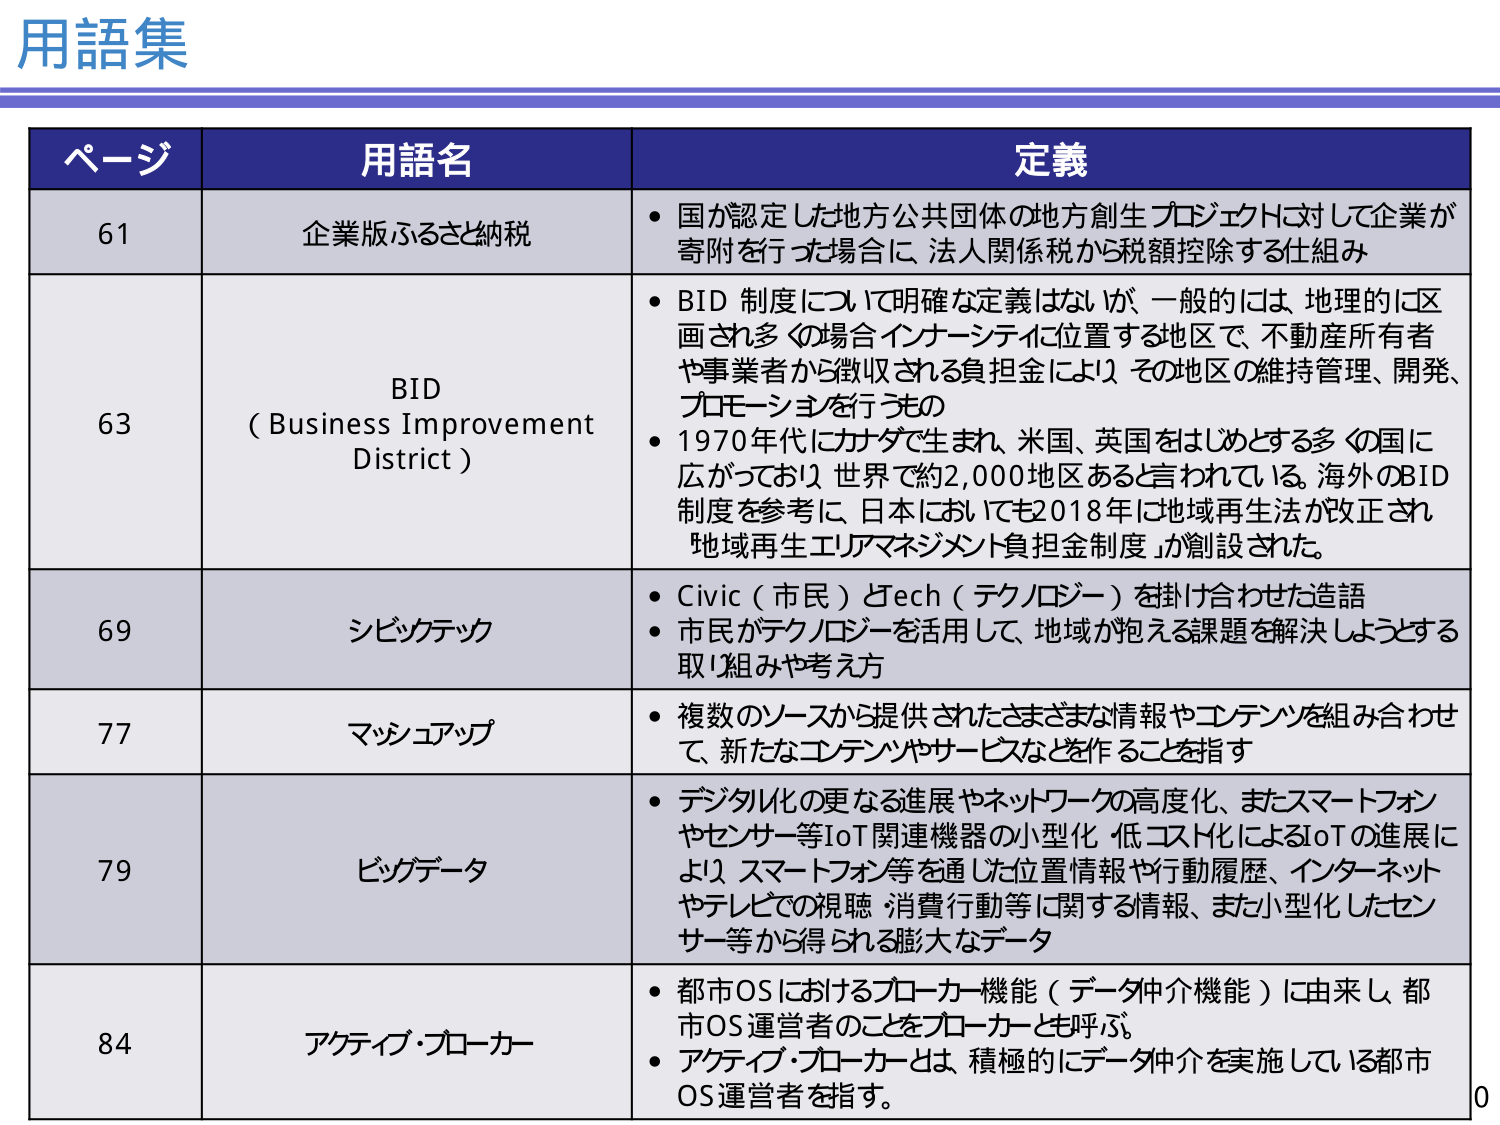
用語集

ページ 用語名 定義
61 企業版ふるさと納税 • 国が認定した地方公共団体の地方創生プロジェクトに対して企業が寄附を行った場合に、法人関係税から税額控除する仕組み
63 BID (Business Improvement District) • BID 制度について明確な定義はないが、一般的には、地理的には区画される多くの場合インナーシティに位置する地区で、不動産所有者や事業者から徴収される負担金により、その地区の維持管理、開発、プロモーションを行うもの
• 1970年代にカナダで生まれ、米国、英国をはじめとする多くの国に広がっており、世界で約2,000地区あると言われている。海外のBID制度を参考に、日本においても2018年に地域再生法が改正され、「地域再生エリアマネジメント負担金制度」が創設された。
69 シビックテック • Civic（市民）とtech（テクノロジー）を掛け合わせた造語
• 市民がテクノロジーを活用して、地域が抱える課題を解決しようとする取り組みや考え方
77 マッシュアップ • 複数のソースから提供されたさまざまな情報やコンテンツを組み合わせて、新たなコンテンツやサービスなどを作ることを指す
79 ビッグデータ • デジタル化の更なる進展やネットワークの高度化、またスマートフォンやセンサー等IoT関連機器の小型化・低コスト化によるIoTの進展により、スマートフォン等を通じた位置情報や行動履歴、インターネットやテレビでの視聴・消費行動等に関する情報、また小型化したセンサー等から得られる膨大なデータ
84 アクティブ・ブローカー • 都市OSにおけるブローカー機能（データ仲介機能）に由来し、都市OS運営者のことをブローカーとも呼ぶ。
• アクティブ・ブローカーとは、積極的にデータ仲介を実施している都市OS運営者を指す。

0